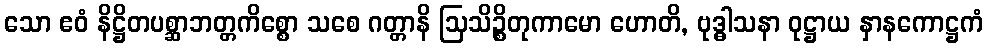
သော ဧဝံ နိဋ္ဌိတပစ္ဆာဘတ္တကိစ္စော သစေ ဂတ္တာနိ ဩသိဉ္စိတုကာမော ဟောတိ, ဗုဒ္ဓါသနာ ဝုဋ္ဌာယ နှာနကောဋ္ဌကံ